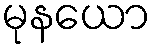
မုနယော